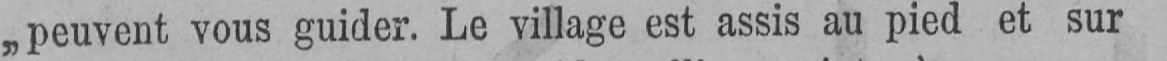
„peuvent vous guider. Le village est assis au pied et sur